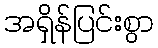
အရှိန်ပြင်းစွာ